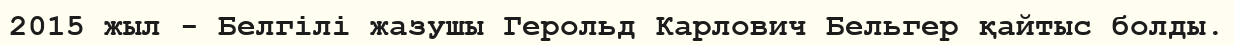
2015 жыл - Белгілі жазушы Герольд Карлович Бельгер қайтыс болды.